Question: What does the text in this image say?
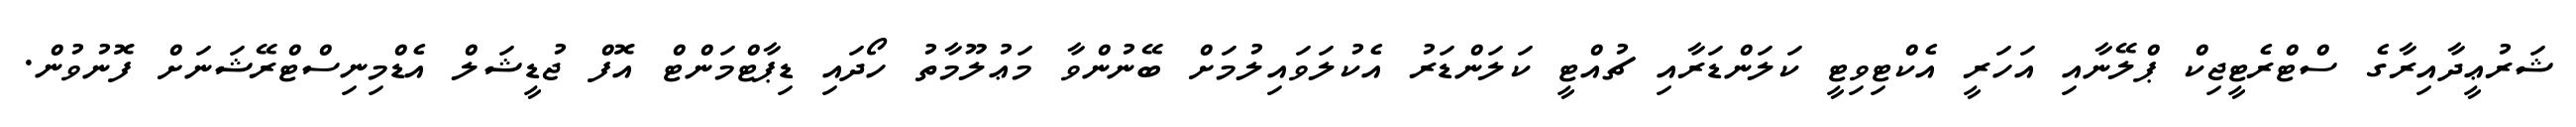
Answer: ޝަރުޢީދާއިރާގެ ސްޓްރެޓީޖިކް ޕްލޭނާއި އަހަރީ އެކްޓިވިޓީ ކަލަންޑަރާއި ޗުއްޓީ ކަލަންޑަރު އެކުލަވައިލުމަށް ބޭނުންވާ މަޢުލޫމާތު ހޯދައި ޑިޕާޓްމަންޓް އޮފް ޖުޑީޝަލް އެޑްމިނިސްޓްރޭޝަނަށް ފޮނުވުން.